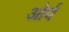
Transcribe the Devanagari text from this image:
ओर्व